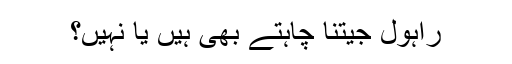
راہول جیتنا چاہتے بھی ہیں یا نہیں؟